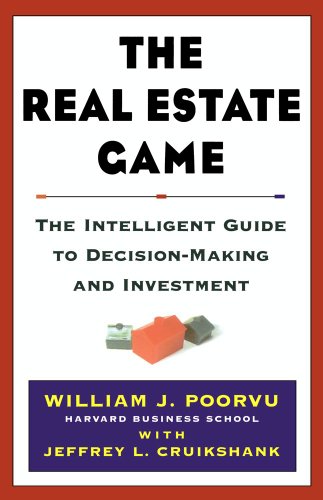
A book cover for The Real Estate Game: The Intelligent Guide To Decisionmaking And Investment; William J. Poorvu; Business & Money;